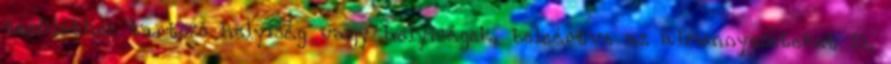
területhez tartozó helyiség vagy helyiségek, beleértve az álmennyezeteket is,